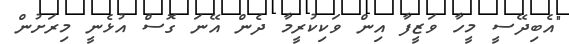
"އެބިދޭސީ މީހާ ވަޒީފާ އިން ވަކިކުރީމާ ދެން އޭނަ ގޮސް އުޅެނީ މިރަށުން